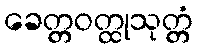
ခေတ္တဝတ္ထုသုတ္တံ